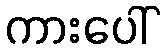
ကားပေါ်